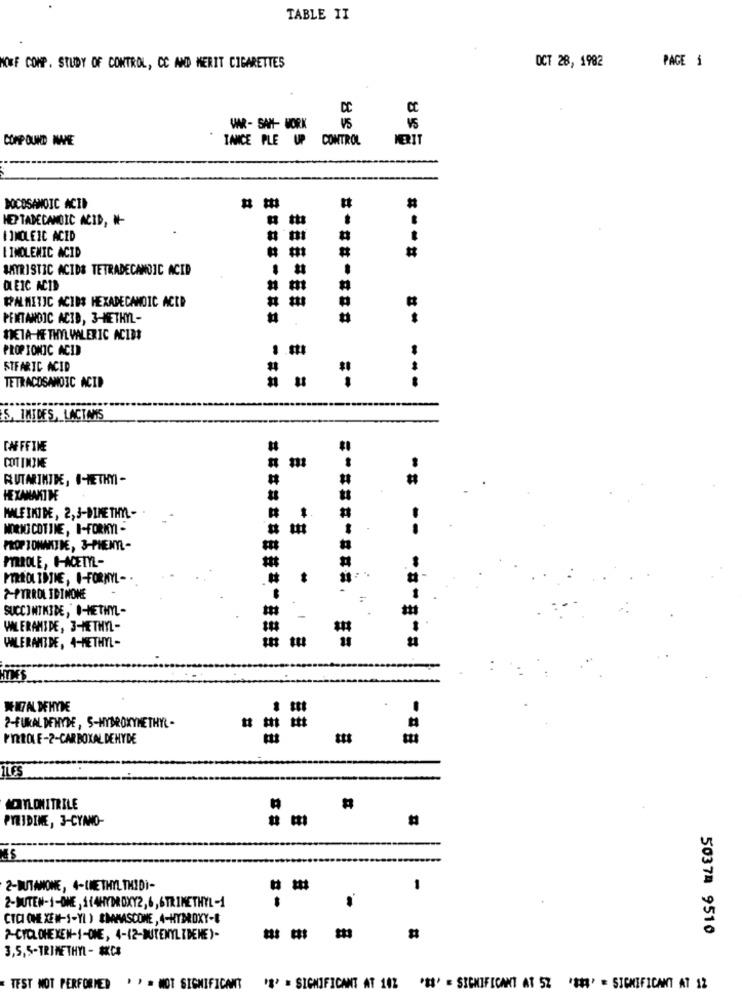
TABLE II
PACE 1
NOWF COMP. STUDY OF CONTROL, CC AND MERIT CIGARETTES
OCT 28, 1982
CC
VAR- SAM- WORK
VS
COMP OUND NAME
TANCE PLE UP CONTROL
BOCOSANOIC ACID
HEPTADECANOIC ACID, W-
tts
I ]NOLEIC ACID
LIMOLENIC ACID
#
SMYRISTIC ACIDS TETRADECANDIC ACID
OLEIC ACID
WPALMITIC ACIDS HEXADECANOIC ACID
PENTANDIC ACID, 3-METHYL-
META-ME THYL VALERIC ACIDS
PROP IONIC ACID
STFARIC ACID
TETRACOSANOIC ACID
---
S IMIDES, LACTAIS
CAFFFINE
COTINIME
RUTAINTDE, I-METHYI-
HEXAMAKTME
MALEIKIDE, 2,3-DIMETHYL -
MONO COTINE, I-FORIYI -
PROP I ONAMITDE, 3-PHENYL-
PIRROLE, C-ACETYL-
PERROL IDINE, O-FORMMYL-
7-PYRROL IDINOME
SUCCINTKIDE, O-METHYL-
WLERAMIDE, 3-METHYL-
WLERANTDE, 4-METHYL-
WITA DEHYDE
7-FUKALDEHYDE, S-HYDROXYMETHYL -
PRIDE-2-CARBOXALDEHYDE
ites
ACTLONITRILE
PYRIDINE, 3-CYANO-
2-BITAMONE, 4-LMETHYL THIDI-
1
2-BUITEN-1-OME, 1(4HYDROXY2,6,6TRIMETHYL-1
.
CTCI OHE XEN-1-YI ) EMMMASCONE , 4-HYDROXY-8
50378 9510
#
3,5,5-TRIMETHYL - AKCS
TEST NOT PERFORMED
> > = MOT SIGNIFICANT
'S' = SIGNIFICANT AT 102
'SS' = SIGNIFICANT AT 5% '*' = SIGNIFICANT AT 12